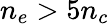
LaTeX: n_{e}>5n_{c}